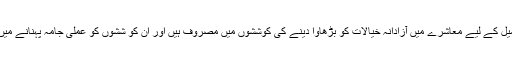
لبرل سوچ رکھنے والے عناصر اپنی نفسانی خواہشات کی تکمیل کے لیے معاشرے میں آزادانہ خیالات کو بڑھاوا دینے کی کوششوں میں مصروف ہیں اور ان کو ششوں کو عملی جامہ پہنانے میں تعلیمی ادارے اور الیکٹرانک میڈیا آہم کردار ادا کر رہے ہیں۔